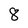
Character: 8